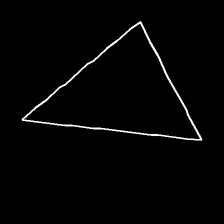
Glyph: convergence